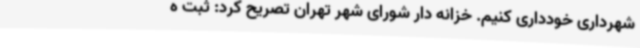
شهرداری خودداری کنیم. خزانه دار شورای‌ شهر تهران تصریح کرد: ثبت ه